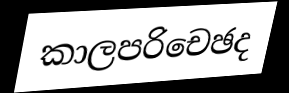
කාලපරිචෙඡද